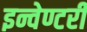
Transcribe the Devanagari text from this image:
इन्वेण्टरी